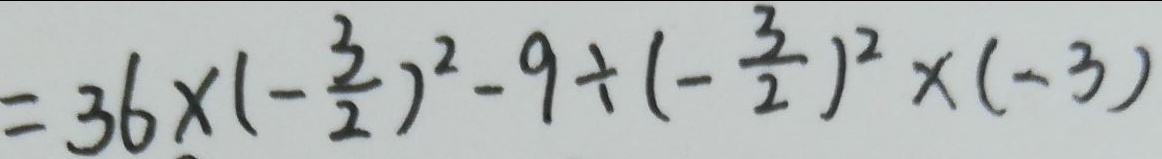
= 3 6 \times ( - \frac { 3 } { 2 } ) ^ { 2 } - 9 \div ( - \frac { 3 } { 2 } ) ^ { 2 } \times ( - 3 )